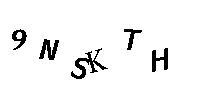
9NSKTH